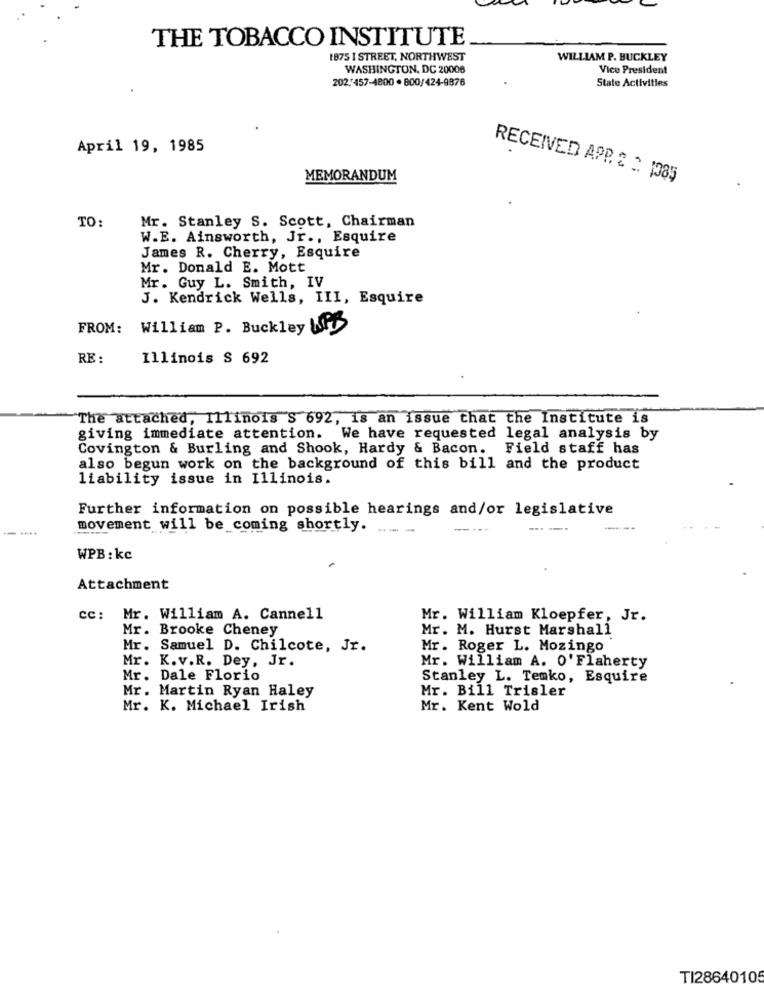
THE TOBACCO INSTITUTE
1875 I STREET, NORTHWEST
WILLIAM P. BUCKLEY
WASHINGTON, DC 20008
Vice President
202,457-4800 . 800/424-9876
State Activities
April 19, 1985
MEMORANDUM
RECEIVED APP. 2 : 1085
TO
Mr. Stanley S. Scott, Chairman
W.E. Ainsworth, Jr ., Esquire
James R. Cherry, Esquire
Mr. Donald E. Mott
Mr. Guy L. Smith, IV
J. Kendrick Wells, III, Esquire
FROM:
William P. Buckley Wit
RE :
Illinois $ 692
The attached, Illinois S 692, is an issue that the Institute is
giving immediate attention. We have requested legal analysis by
Covington & Burling and Shook, Hardy & Bacon. Field staff has
also begun work on the background of this bill and the product
liability issue in Illinois.
Further information on possible hearings and/or legislative
movement will be coming shortly.
--- ---
WPB : kc
Attachment
cc: Mr. William A. Cannell
Mr. William Kloepfer, Jr.
Mr. Brooke Cheney
Mr. M. Hurst Marshall
Mr. Samuel D. Chilcote, Jr.
Mr. Roger L. Mozingo
Mr. K.v.R. Dey, Jr.
Mr. William A. O'Flaherty
Mr. Dale Florio
Stanley L. Temko, Esquire
Mr. Bill Trisler
Mr. Martin Ryan Haley
Mr. K. Michael Irish
Mr. Kent Wold
TI2864010